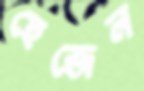
হেজেল